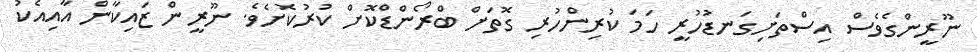
ނޫރީންގެވެސް އިސްތަށިގަނޑުހުރީ ހަމަ ކުރިންހުރި ގޮތަށް ބްރޯންޑްކޮށް ކުރުކޮށެވެ. ނޫރީން ޒައިކާން އާއިއެކު